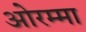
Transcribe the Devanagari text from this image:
ओरम्मा